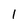
Character: l